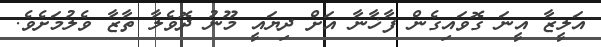
އަލީޒާ އީނަ ގޮވައިގެން ފާޚާނާ އަށް ދިޔައީ މޫނު ދޮވެލާ ތާޒާ ވެލުމަށެވެ.